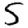
Digit: 5